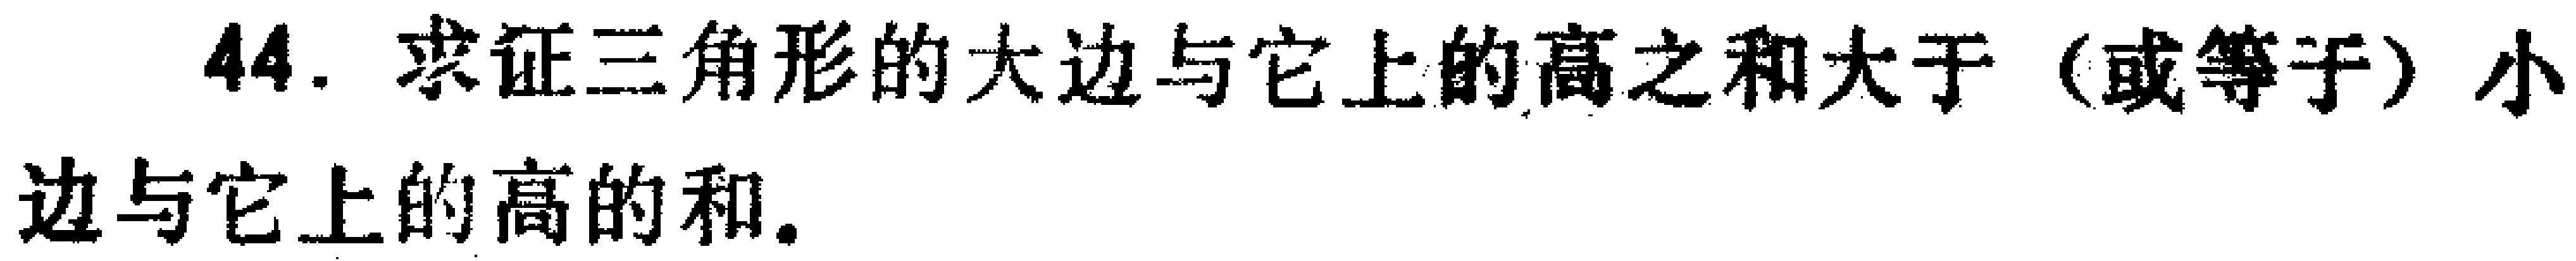
44. 求证三角形的大边与它上的高之和大于（或等于）小边与它上的高的和.